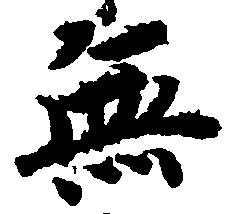
無